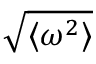
\sqrt { \langle \omega ^ { 2 } \rangle }